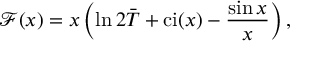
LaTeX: \mathcal { F } ( x ) = x \left( \ln 2 \bar { T } + \mathrm { c i } ( x ) - \frac { \sin x } { x } \right) ,